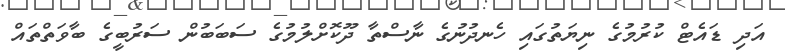
އަދި ޑައެޓް ކުރުމުގެ ނިޔަތުގައި ހެނދުނުގެ ނާސްތާ ދޫކޮށްލުމުގެ ސަބަބުން ސަރުބީގެ ބާވަތްތައް